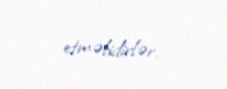
etməlidirlər.